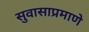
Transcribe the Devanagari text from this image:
सुवासाप्रमाणे